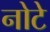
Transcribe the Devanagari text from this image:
नोटे